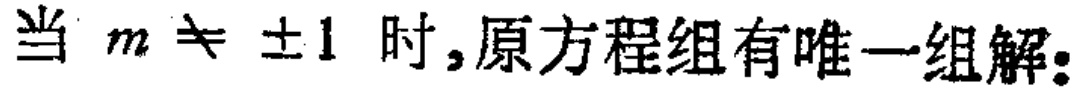
当 \(m \neq \pm 1\) 时,原方程组有唯一组解: